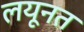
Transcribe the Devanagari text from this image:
लयूनत